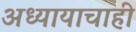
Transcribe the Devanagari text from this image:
अध्यायाचाही